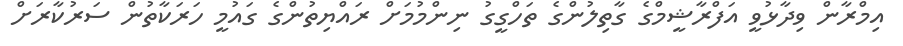
އިމްރާން ވިދާޅުވީ އަފްރާޝީމްގެ ގާތިލުންގެ ތަހްގީގު ނިންމުމަށް ރައްޔިތުންގެ ގައުމީ ހަރަކާތުން ސަރުކާރަށް